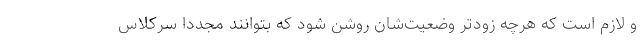
و لازم است که هرچه زودتر وضعیت‌شان روشن شود که بتوانند مجددا سرکلاس